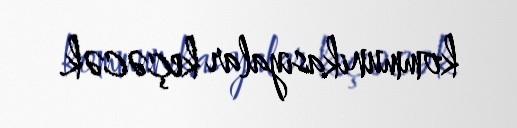
kommunikasiyalar keçəcək.